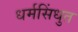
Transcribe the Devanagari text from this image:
धर्मसिंधुत